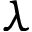
\lambda